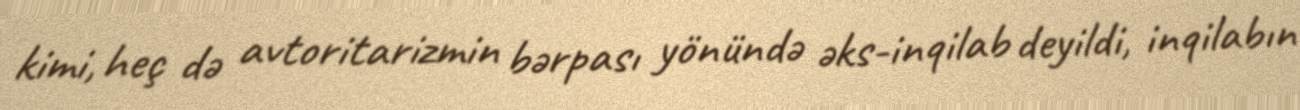
kimi, heç də avtoritarizmin bərpası yönündə əks-inqilab deyildi, inqilabın